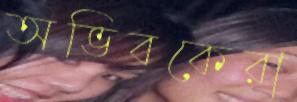
অভিবকেরা